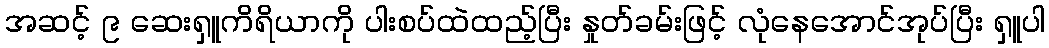
အဆင့် ၉ ဆေးရှူကိရိယာကို ပါးစပ်ထဲထည့်ပြီး နှုတ်ခမ်းဖြင့် လုံနေအောင်အုပ်ပြီး ရှူပါ